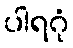
ပါရဂုံ